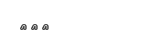
١٨٨